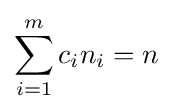
\sum _{i=1}^{m}c_{i}n_{i}=n